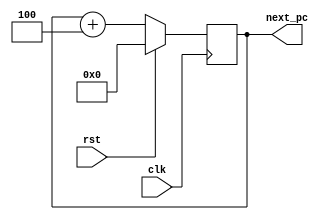
module program_counter2a (next_pc,rst,clk);

	// Output signals...
	// Incremented value of the program counter
	output [0:31] next_pc;
	
	
	
	
	// ===============================================================
	// Input signals
	// Clock signal for the program counter
	input clk;
	// Reset signal for the program counter
	input rst;
	/**
	 * May also include: branch_offset[n:0], is_branch
	 * Size of branch offset is specified in the Instruction Set
	 * Architecture
	 */
	
	
	
	
	
	// ===============================================================
	// Declare "wire" signals:
	//wire FSM_OUTPUT;
	



	
	// ===============================================================
	// Declare "reg" signals: 
	reg [0:31] next_pc;		// Output signals

	
	
	
	// ===============================================================
	
	always @(posedge clk)
	begin
		// If the reset signal sis set to HIGH
		if(rst)
		begin
			// Set its value to ZERO
			next_pc<=32'd0;
		end
		else
		begin
			next_pc<=next_pc+32'd4;
		end
	end
	
	
	
	
endmodule